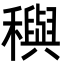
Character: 穥